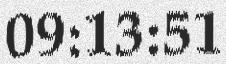
09:13:51